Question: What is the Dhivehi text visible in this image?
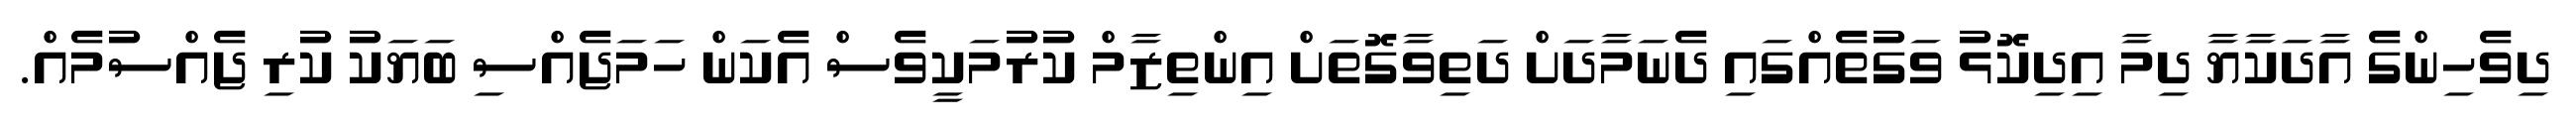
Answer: ދިވެހިންގެ އާދަކާޔާ ދިމާ އިދިކޮޅު ވަގުތެއްގައި ދެނަމާދަށް ދަތިވާގޮތަށް އިންތިޒާމް ކުރުމަކީވެސް އެކަން ހަމަޖެއްސި ބަޔަކު ކުރި ޖެއްސުމެއް.